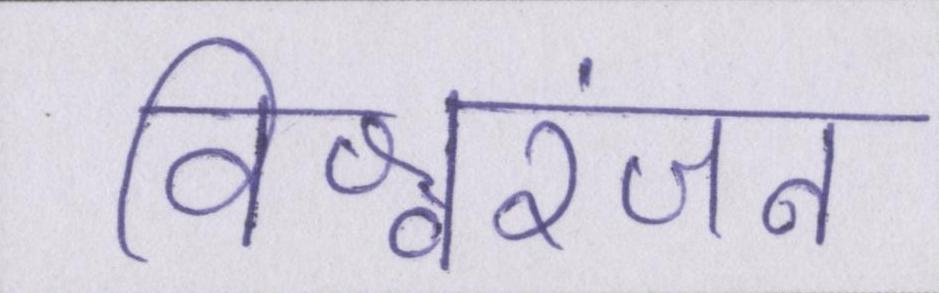
विश्वरंजन